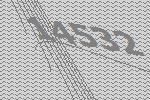
14532